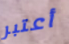
أعتبر